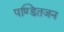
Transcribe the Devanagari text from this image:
पण्डितजन